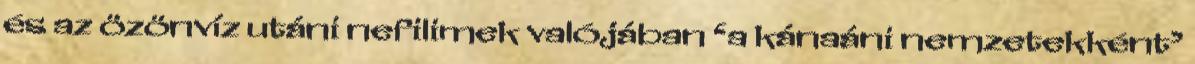
és az özönvíz utáni nefilimek valójában ‘a kánaáni nemzetekként’